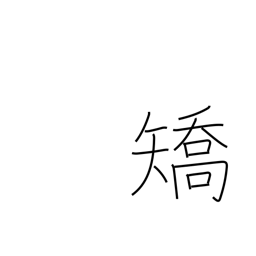
Meaning: cure